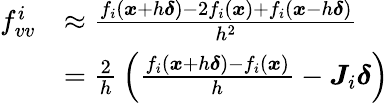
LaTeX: {\begin{array}{rl}{f_{vv}^{i}}&{\approx{\frac{f_{i}({\boldsymbol{x}}+h{\boldsymbol{\delta}})-2f_{i}({\boldsymbol{x}})+f_{i}({\boldsymbol{x}}-h{\boldsymbol{\delta}})}{h^{2}}}}\\ &{={\frac{2}{h}}\left({\frac{f_{i}({\boldsymbol{x}}+h{\boldsymbol{\delta}})-f_{i}({\boldsymbol{x}})}{h}}-{\boldsymbol{J}}_{i}{\boldsymbol{\delta}}\right)}\end{array}}